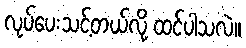
လုပ်ပေးသင့်တယ်လို့ ထင်ပါသလဲ။